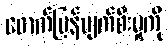
ဖောက်ပြန်ပျက်စီးမှုကို